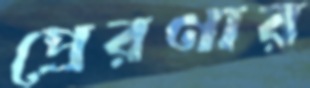
প্রেরণার